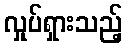
လှုပ်ရှားသည့်